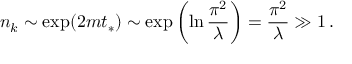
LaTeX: n _ { k } \sim \exp ( 2 m t _ { * } ) \sim \exp \left( { \ln { \frac { \pi ^ { 2 } } { \lambda } } } \right) = { \frac { \pi ^ { 2 } } { \lambda } } \gg 1 \, .